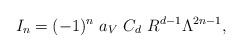
LaTeX: \begin{align*}I_n=(-1)^n~a_V~C_d~R^{d-1} \Lambda^{2n-1},\end{align*}